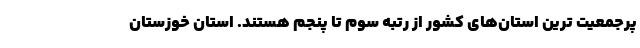
پرجمعیت ترین استان‌های کشور از رتبه سوم تا پنجم هستند. استان خوزستان